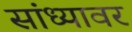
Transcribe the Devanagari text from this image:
सांध्यावर